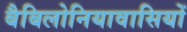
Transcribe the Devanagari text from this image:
बैबिलोनियावासियों